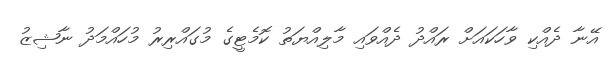
އޭނާ ދެއްކި ވާހަކައަށް ރައްދު ދެއްވައި މާލިއްޔަތު ކޮމެޓީގެ މުގައްރިރު މުހައްމަދު ނާޝިޒު